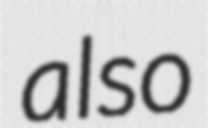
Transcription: also